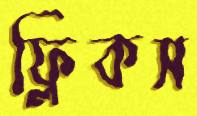
ফ্লিকস